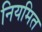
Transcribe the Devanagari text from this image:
नियमित